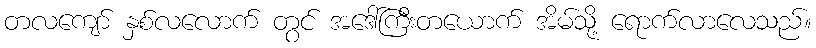
တလကျော် နှစ်လလောက် တွင် အဒေါ်ကြီးတယောက် အိမ်သို့ ရောက်လာလေသည်။